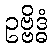
ဥဗ္ဗိဒ္ဓံ